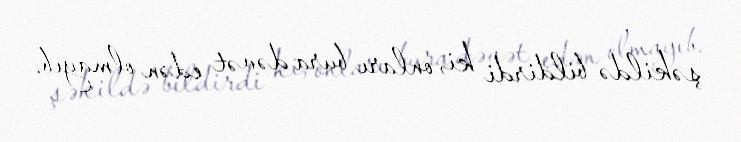
şəkildə bildirdi ki, onları bura dəvət edən olmayıb.